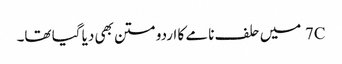
7C میں حلف نامے کا اردو متن بھی دیا گیا تھا۔